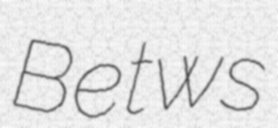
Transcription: Betws